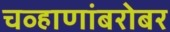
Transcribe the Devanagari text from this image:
चव्हाणांबरोबर